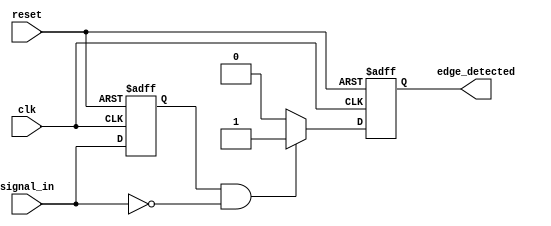
module negative_edge_detector (
    input wire clk,           // Clock signal
    input wire reset,         // Asynchronous reset signal
    input wire signal_in,     // Input signal to detect falling edge
    output reg edge_detected   // Output signal indicating edge detection
);

    // Register to hold the previous state of signal_in
    reg prev_signal_in;

    // Always block triggered on the rising edge of the clock or reset
    always @(posedge clk or posedge reset) begin
        if (reset) begin
            // Reset condition
            prev_signal_in <= 1'b0; // Initialize previous state to low
            edge_detected <= 1'b0;   // Initialize edge detected to low
        end else begin
            // Falling edge detection logic
            if (prev_signal_in == 1'b1 && signal_in == 1'b0) begin
                edge_detected <= 1'b1; // Set edge detected high on falling edge
            end else begin
                edge_detected <= 1'b0; // Clear edge detected otherwise
            end
            // Update previous state
            prev_signal_in <= signal_in;
        end
    end

endmodule